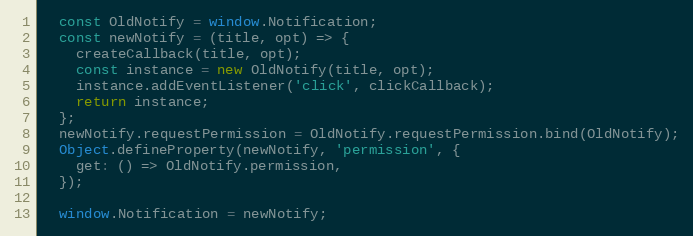
Language: JavaScript
  const OldNotify = window.Notification;
  const newNotify = (title, opt) => {
    createCallback(title, opt);
    const instance = new OldNotify(title, opt);
    instance.addEventListener('click', clickCallback);
    return instance;
  };
  newNotify.requestPermission = OldNotify.requestPermission.bind(OldNotify);
  Object.defineProperty(newNotify, 'permission', {
    get: () => OldNotify.permission,
  });

  window.Notification = newNotify;